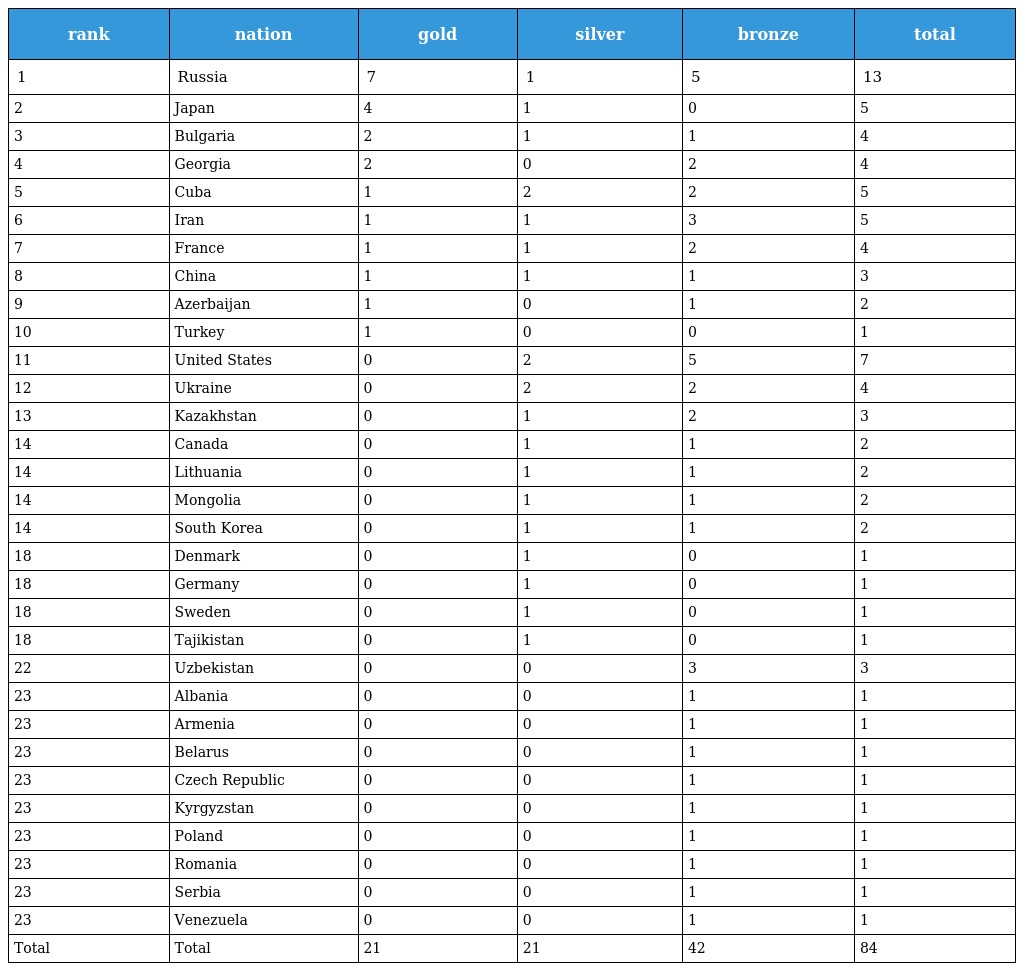
| rank | nation | gold | silver | bronze | total |
 | --- | --- | --- | --- | --- | --- |
 | 1 | Russia | 7 | 1 | 5 | 13 |
 | 2 | Japan | 4 | 1 | 0 | 5 |
 | 3 | Bulgaria | 2 | 1 | 1 | 4 |
 | 4 | Georgia | 2 | 0 | 2 | 4 |
 | 5 | Cuba | 1 | 2 | 2 | 5 |
 | 6 | Iran | 1 | 1 | 3 | 5 |
 | 7 | France | 1 | 1 | 2 | 4 |
 | 8 | China | 1 | 1 | 1 | 3 |
 | 9 | Azerbaijan | 1 | 0 | 1 | 2 |
 | 10 | Turkey | 1 | 0 | 0 | 1 |
 | 11 | United States | 0 | 2 | 5 | 7 |
 | 12 | Ukraine | 0 | 2 | 2 | 4 |
 | 13 | Kazakhstan | 0 | 1 | 2 | 3 |
 | 14 | Canada | 0 | 1 | 1 | 2 |
 | 14 | Lithuania | 0 | 1 | 1 | 2 |
 | 14 | Mongolia | 0 | 1 | 1 | 2 |
 | 14 | South Korea | 0 | 1 | 1 | 2 |
 | 18 | Denmark | 0 | 1 | 0 | 1 |
 | 18 | Germany | 0 | 1 | 0 | 1 |
 | 18 | Sweden | 0 | 1 | 0 | 1 |
 | 18 | Tajikistan | 0 | 1 | 0 | 1 |
 | 22 | Uzbekistan | 0 | 0 | 3 | 3 |
 | 23 | Albania | 0 | 0 | 1 | 1 |
 | 23 | Armenia | 0 | 0 | 1 | 1 |
 | 23 | Belarus | 0 | 0 | 1 | 1 |
 | 23 | Czech Republic | 0 | 0 | 1 | 1 |
 | 23 | Kyrgyzstan | 0 | 0 | 1 | 1 |
 | 23 | Poland | 0 | 0 | 1 | 1 |
 | 23 | Romania | 0 | 0 | 1 | 1 |
 | 23 | Serbia | 0 | 0 | 1 | 1 |
 | 23 | Venezuela | 0 | 0 | 1 | 1 |
 | Total | Total | 21 | 21 | 42 | 84 |